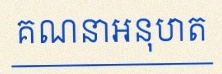
គណនាអនុបាត